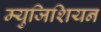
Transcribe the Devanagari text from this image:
म्युजिशियन